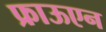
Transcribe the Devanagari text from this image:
फ्राऊएन